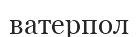
ватерпол